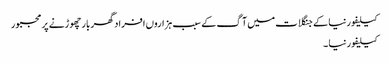
کیلیفورنیا کے جنگلات میں آگ کے سبب ہزاروں افراد گھر بار چھوڑنے پر مجبور
کیلیفورنیا ۔